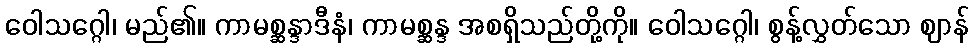
ဝေါသဂ္ဂေါ၊ မည်၏။ ကာမစ္ဆန္ဒာဒီနံ၊ ကာမစ္ဆန္ဒ အစရှိသည်တို့ကို။ ဝေါသဂ္ဂေါ၊ စွန့်လွှတ်သော ဈာန်